Vaccination in Bombay 1889-1901 - 1889-1901
Year: 1889
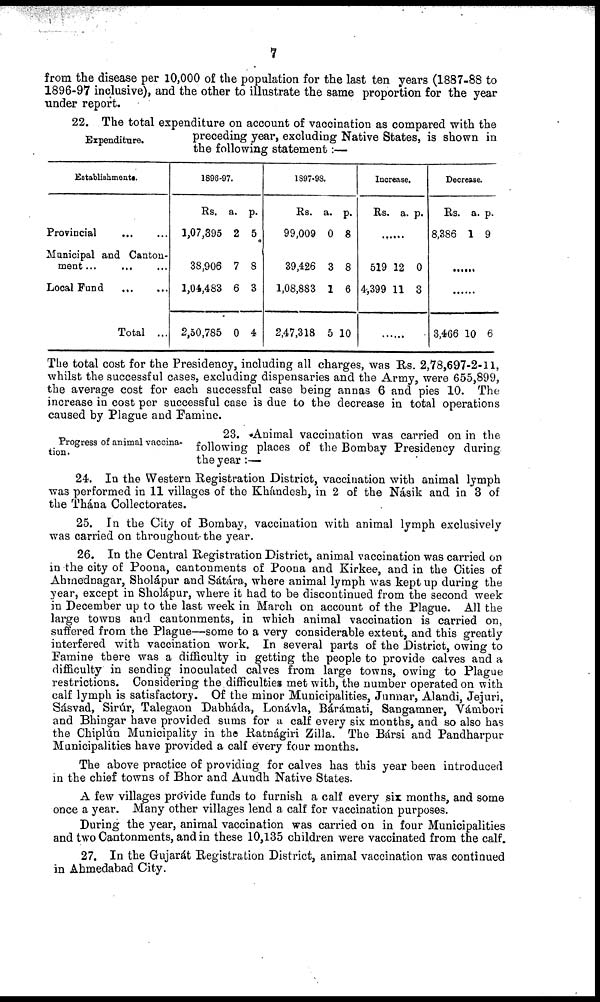
7
from the disease per 10,000 of the population for the last ten years (1887-88 to
1896-97 inclusive), and the other to illustrate the same proportion for the year
under report.
Expenditure.
22. The total expenditure on account of vaccination as compared with the
preceding year, excluding Native States, is shown in
the following statement:—
Establishments.
Provincial
...
...
Municipal and Canton-
ment... ... ...
Local Fund
...
...
Total ...
1896-97.
Rs.
1,07,395
38,906
1,04,483
2,50,785
a.
2
7
6
0
p.
5
8
3
4
1897-98.
Rs.
99,009
39,426
1,08,883
2,47,318
a.
0
3
1
5
p.
8
8
6
10
Increase.
Rs. a. p.
......
519
4,399
12
11
0
3
......
Decrease.
Rs.
8,386
a.
1
p.
9
......
......
3,466 10 6
The total cost for the Presidency, including all charges, was Rs. 2,78,697-2-11,
whilst the successful cases, excluding dispensaries and the Army, were 655,899,
the average cost for each successful case being annas 6 and pies 10. The
increase in cost per successful case is due to the decrease in total operations
caused by Plague and Famine.
Progress of animal vaccina-
tion.
23. Animal vaccination was carried on in the
following places of the Bombay Presidency during
the year :—
24. In the Western Registration District, vaccination with animal lymph
was performed in 11 villages of the Khándesh, in 2 of the Násik and in 3 of
the Thána Collectorates.
25. In the City of Bombay, vaccination with animal lymph exclusively
was carried on throughout.the year.
26. In the Central Registration District, animal vaccination was carried on
in the city of Poona, cantonments of Poona and Kirkee, and in the Cities of
Ahmednagar, Sholápur and Sátára, where animal lymph was kept up during the
year, except in Sholápur, where it had to be discontinued from the second week
in December up to the last week in March on account of the Plague. All the
large towns and cantonments, in which animal vaccination is carried on,
suffered from the Plague—some to a very considerable extent, and this greatly
interfered with vaccination work. In several parts of the District, owing to
Famine there was a difficulty in getting the people to provide calves and a
difficulty in sending inoculated calves from large towns, owing to Plague
restrictions. Considering the difficulties met with, the number operated on with
calf lymph is satisfactory. Of the minor Municipalities, Junnar, Alandi, Jejuri,
Sásvad, Sirúr, Talegaon Dabháda, Lonávla, Bárámati, Sangamner, Vámbori
and Bhingar have provided sums for a calf every six months, and so also has
the Chipiún Municipality in the Ratnágiri Zilla. The Bársi and Pandharpur
Municipalities have provided a calf every four months.
The above practice of providing for calves has this year been introduced
in the chief towns of Bhor and Aundh Native States.
A few villages provide funds to furnish a calf every six months, and some
once a year. Many other villages lend a calf for vaccination purposes.
During the year, animal vaccination was carried on in four Municipalities
and two Cantonments, and in these 10,135 children were vaccinated from the calf.
27. In the Gujarát Registration District, animal vaccination was continued
in Ahmedabad City.